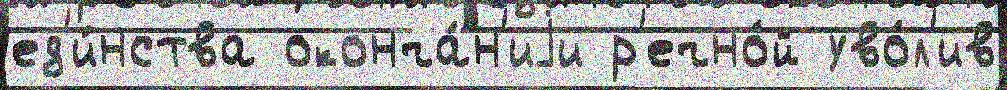
ед'и́нства оконча́н'иjи р'ечно́й уво́л'ив